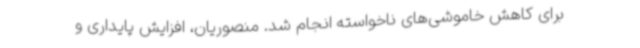
برای کاهش خاموشی‌های ناخواسته انجام شد. منصوریان، افزایش پایداری و